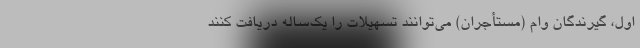
اول، گیرندگان وام (مستأجران) می‌توانند تسهیلات را یک‌ساله دریافت کنند